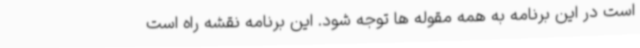
است در این برنامه به همه مقوله ها توجه شود. این برنامه نقشه راه است